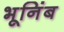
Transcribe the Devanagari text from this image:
भूनिंब